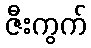
ဇီးကွက်